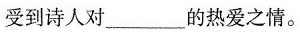
受到诗人对___的热爱之情。